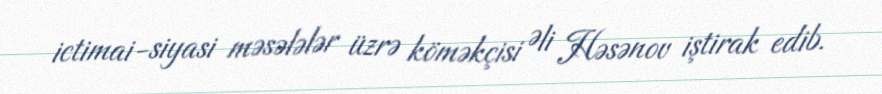
ictimai-siyasi məsələlər üzrə köməkçisi Əli Həsənov iştirak edib.